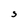
Character: s